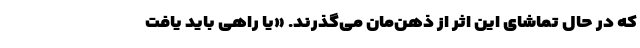
که در حالِ تماشای این اثر از ذهن‌مان می‌گذرند. «یا راهی باید یافت